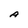
Character: A